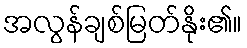
အလွန်ချစ်မြတ်နိုး၏။